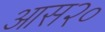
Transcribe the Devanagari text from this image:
आस२०